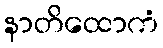
နာတိထောကံ